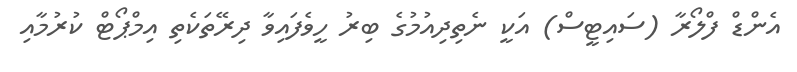
އެންޑް ފްލޯރާ (ސައިޓީސް) އަކީ ނެތިިދިއުމުގެ ބިރު ހީވެފައިވާ ދިރޭތަކެތި އިމްޕޯޓް ކުރުމާއި